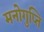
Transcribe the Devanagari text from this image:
मनोगुप्ति